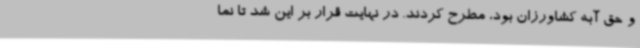
و حق آبه کشاورزان بود، مطرح کردند. در نهایت قرار بر این شد تا نما